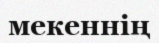
мекеннің